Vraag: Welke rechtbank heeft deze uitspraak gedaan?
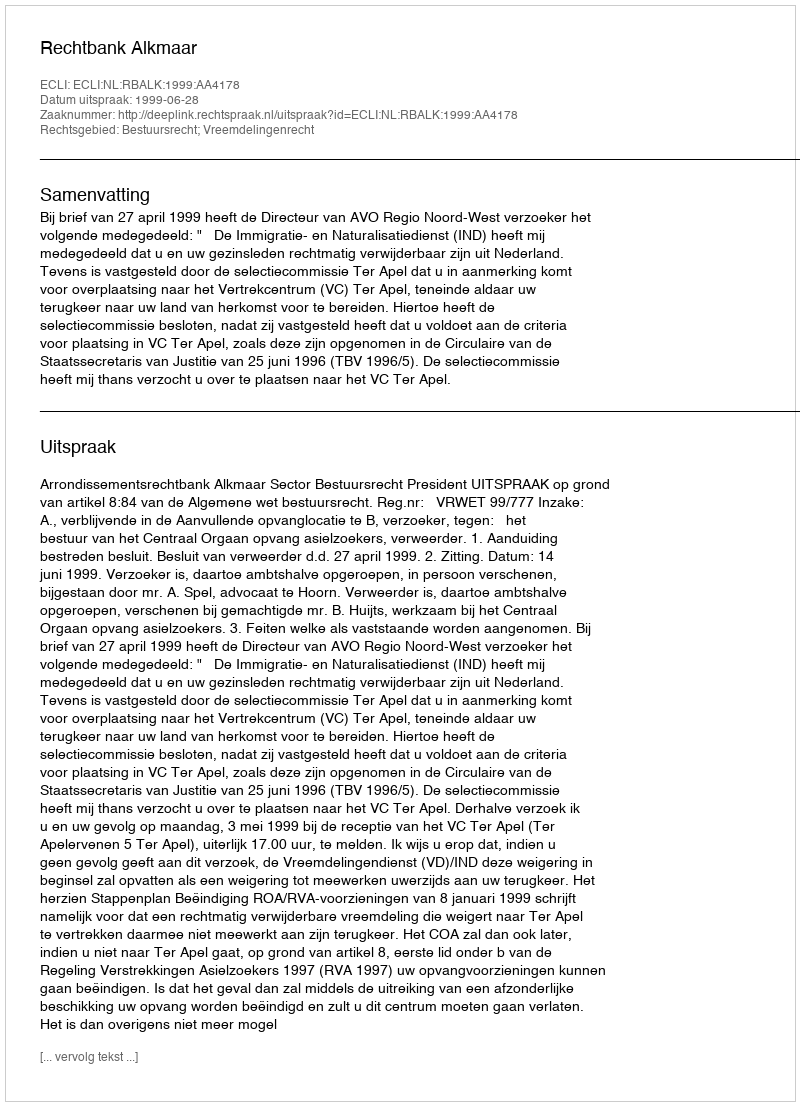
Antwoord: Rechtbank Alkmaar